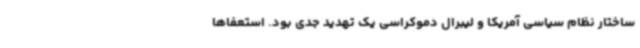
ساختار نظام سیاسی آمریکا و لیبرال دموکراسی یک تهدید جدی بود. استعفاها